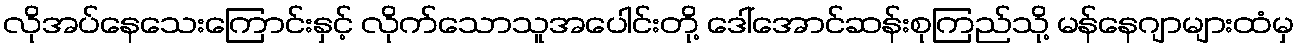
လိုအပ်နေသေးကြောင်းနှင့် လိုက်သောသူအပေါင်းတို့ ဒေါ်အောင်ဆန်းစုကြည်သို့ မန်နေဂျာများထံမှ